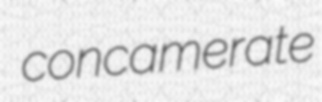
concamerate